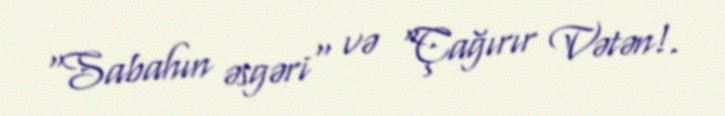
"Sabahın əsgəri" və "Çağırır Vətən!.